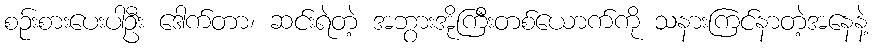
စဉ်းစားပေးပါဦး ဒေါက်တာ၊ ဆင်းရဲတဲ့ အဘွားအိုကြီးတစ်ယောက်ကို သနားကြင်နာတဲ့အနေနဲ့